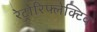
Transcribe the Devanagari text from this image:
रेट्रोरिफ्लेक्टिव